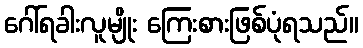
ဂေါ်ရခါးလူမျိုး ကြေးစားဖြစ်ပုံရသည်။